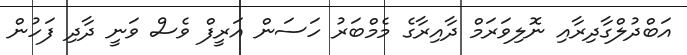
އަބްދުލްގާދިރާއި ނޮލިވަރަމް ދާއިރާގެ މެމްބަރު ހަސަން އަރީފް ވެސް ވަނީ ދާދި ފަހުން